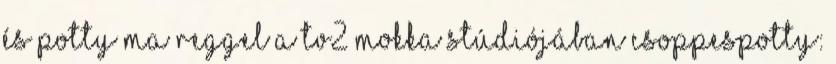
és Potty ma reggel a TV2 Mokka stúdiójában csoppespotty: